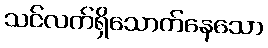
သင်လက်ရှိသောက်နေသော